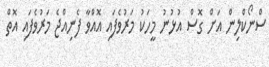
ސްނޯކްލިން އަށް ގޮސް އުޅުނު މީހަކު މަރުވެފައި އޮއްވާ ފެނިއްޖެ މަރުވެފައި އޮތް